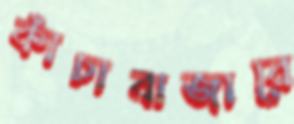
কাঁচাবাজারে